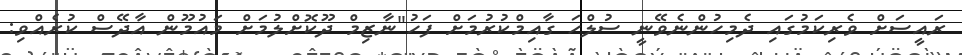
ރައީސަށް ވެރިކަމުގައި ދެމިހުންނެވޭނީ ސުލްހަ ގާއިމްކުރުމަށް ފަހު"ނާޒިމް ދޫކޮށްލުމަށް މައުމޫން އާދޭސް ކުރެއްވި: